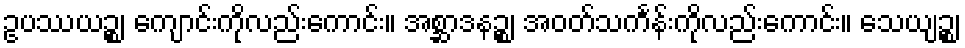
ဥပဿယဉ္စ၊ ကျောင်းကိုလည်းကောင်း။ အစ္ဆာဒနဉ္စ၊ အဝတ်သင်္ကန်းကိုလည်းကောင်း။ သေယျဉ္စ၊